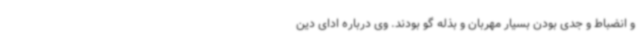
و انضباط و جدی بودن بسیار مهربان و بذله گو بودند. وی درباره ادای دین